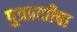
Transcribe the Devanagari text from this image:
पु्त्रप्राप्तीचा